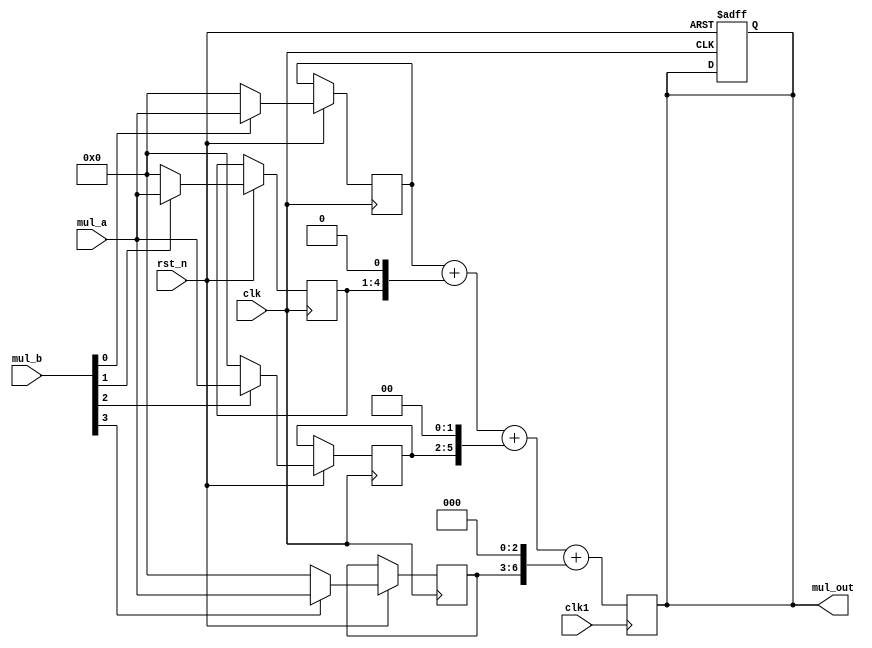
module pm(input clk,input clk1,input rst_n,input [3:0] mul_a,input [3:0] mul_b,output reg [7:0] mul_out);
reg [7:0] temp1=0;
reg [7:0] temp2=0;
reg [7:0] temp3=0;
reg [7:0] temp4=0;
always@(posedge clk,negedge rst_n)begin
	if(!rst_n)
	mul_out<=0;
	else begin
	temp1[3:0]<=mul_b[0]?mul_a:0;
	temp2[4:1]<=mul_b[1]?mul_a:0;
	temp3[5:2]<=mul_b[2]?mul_a:0;
	temp4[6:3]<=mul_b[3]?mul_a:0;
end
end
always@(posedge clk1)begin
mul_out<=temp1+temp2+temp3+temp4;
end

endmodule